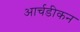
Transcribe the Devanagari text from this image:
आर्चडीकन